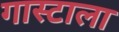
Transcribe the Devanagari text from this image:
गास्टाला